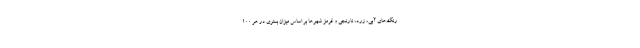
رنگ‌های آبی، زرد، نارنجی و قرمز شهرها بر اساس میزان بستری در هر ۱۰۰